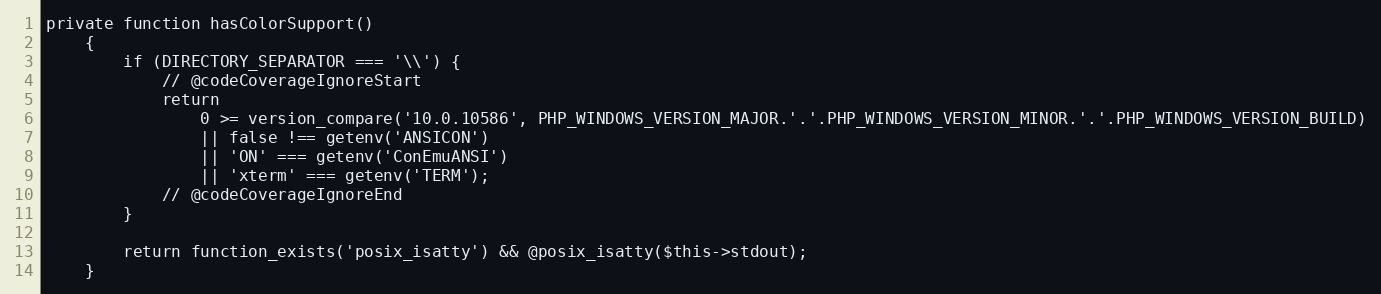
Language: PHP
private function hasColorSupport()
    {
        if (DIRECTORY_SEPARATOR === '\\') {
            // @codeCoverageIgnoreStart
            return
                0 >= version_compare('10.0.10586', PHP_WINDOWS_VERSION_MAJOR.'.'.PHP_WINDOWS_VERSION_MINOR.'.'.PHP_WINDOWS_VERSION_BUILD)
                || false !== getenv('ANSICON')
                || 'ON' === getenv('ConEmuANSI')
                || 'xterm' === getenv('TERM');
            // @codeCoverageIgnoreEnd
        }

        return function_exists('posix_isatty') && @posix_isatty($this->stdout);
    }